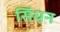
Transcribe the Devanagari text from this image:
सिंधन